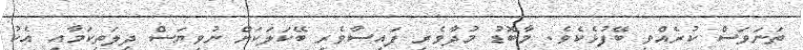
ތަނަވަސް ކުރެއްވި ބޭފުޅެކެވެ. މާބޮޑު މުދާވެރި ފައިސާވެރި ބޭކަލަކަށް ނުވިޔަސް ދީލަތިކަމާއި އެކު